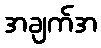
အချက်အ